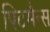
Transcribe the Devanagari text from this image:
पिटमैन्स